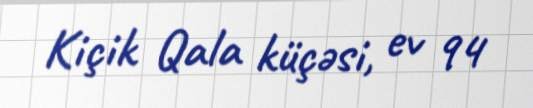
Kiçik Qala küçəsi, ev 94